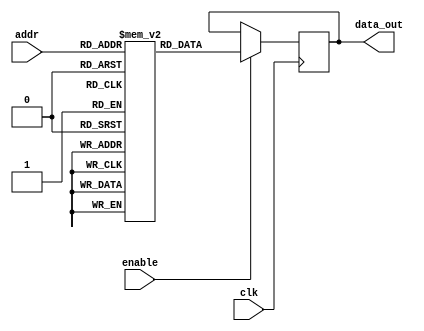
module parameterized_rom #(
    parameter DATA_WIDTH = 8,    // Width of each memory word in bits
    parameter ADDR_WIDTH = 4     // Number of address lines
)(
    input clk,                   // Clock signal
    input [ADDR_WIDTH-1:0] addr, // Address input
    input enable,                // Enable signal
    output reg [DATA_WIDTH-1:0] data_out // Data output
);

// Internal memory storage, initialized with predefined values
reg [DATA_WIDTH-1:0] rom_memory [0:(1 << ADDR_WIDTH) - 1];

// Initial block to load the ROM with specific data values
initial begin
    // Example initialization; you can modify these values as needed
    rom_memory[0] = 8'hAA; // Address 0
    rom_memory[1] = 8'hBB; // Address 1
    rom_memory[2] = 8'hCC; // Address 2
    rom_memory[3] = 8'hDD; // Address 3
    rom_memory[4] = 8'hEE; // Address 4
    rom_memory[5] = 8'hFF; // Address 5
    rom_memory[6] = 8'h00; // Address 6
    rom_memory[7] = 8'h11; // Address 7
    // Additional entries can be added as needed
end

// Always block to handle synchronous read operations
always @(posedge clk) begin
    if (enable) begin
        data_out <= rom_memory[addr]; // Read data from ROM
    end
    // If enable is low, data_out retains its previous value
end

endmodule